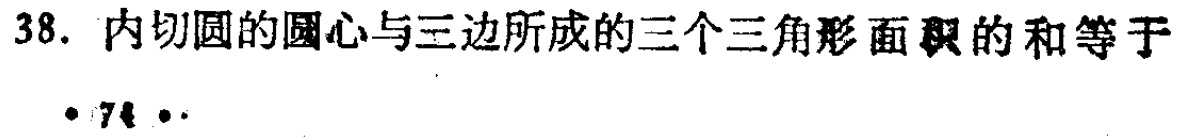
38. 内切圆的圆心与三边所成的三个三角形面积的和等于

\cdot 74\cdot